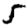
Digit: 5